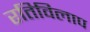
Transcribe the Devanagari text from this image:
रतिविलाप